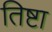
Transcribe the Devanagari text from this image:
तिष्टा